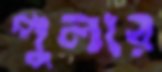
পুল্যর